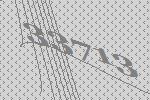
33713